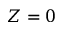
Z = 0